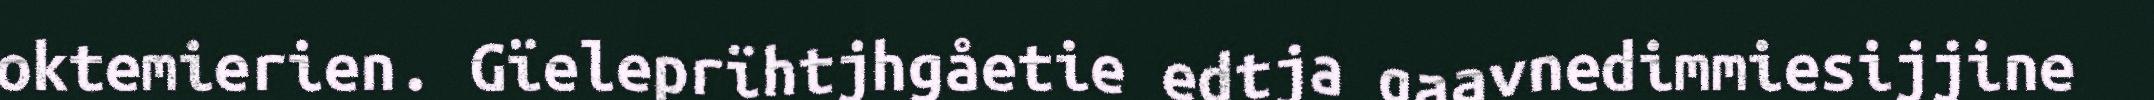
oktemierien. Gïeleprïhtjhgåetie edtja gaavnedimmiesijjine